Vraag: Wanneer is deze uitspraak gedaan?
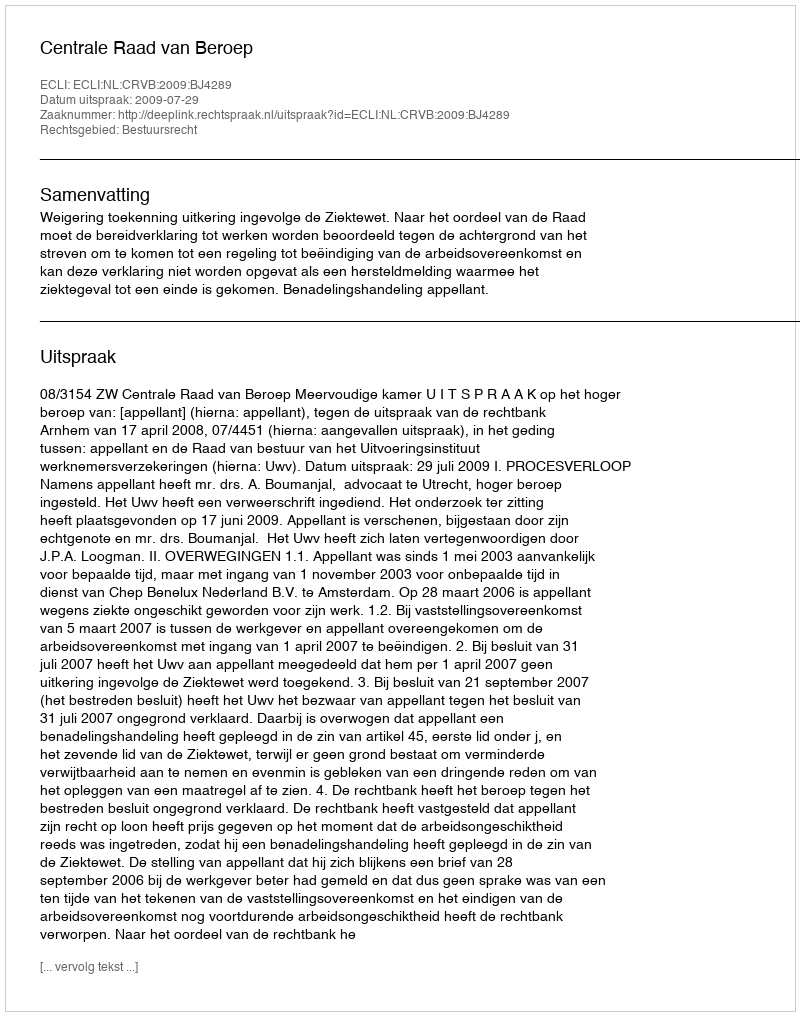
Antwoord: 2009-07-29